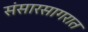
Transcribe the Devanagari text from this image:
संसारसागरात